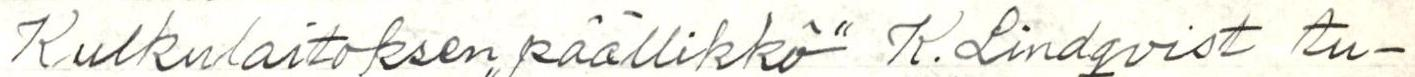
Kulkulaitoksen ,,päällikkö" K. Lindqvist tu-